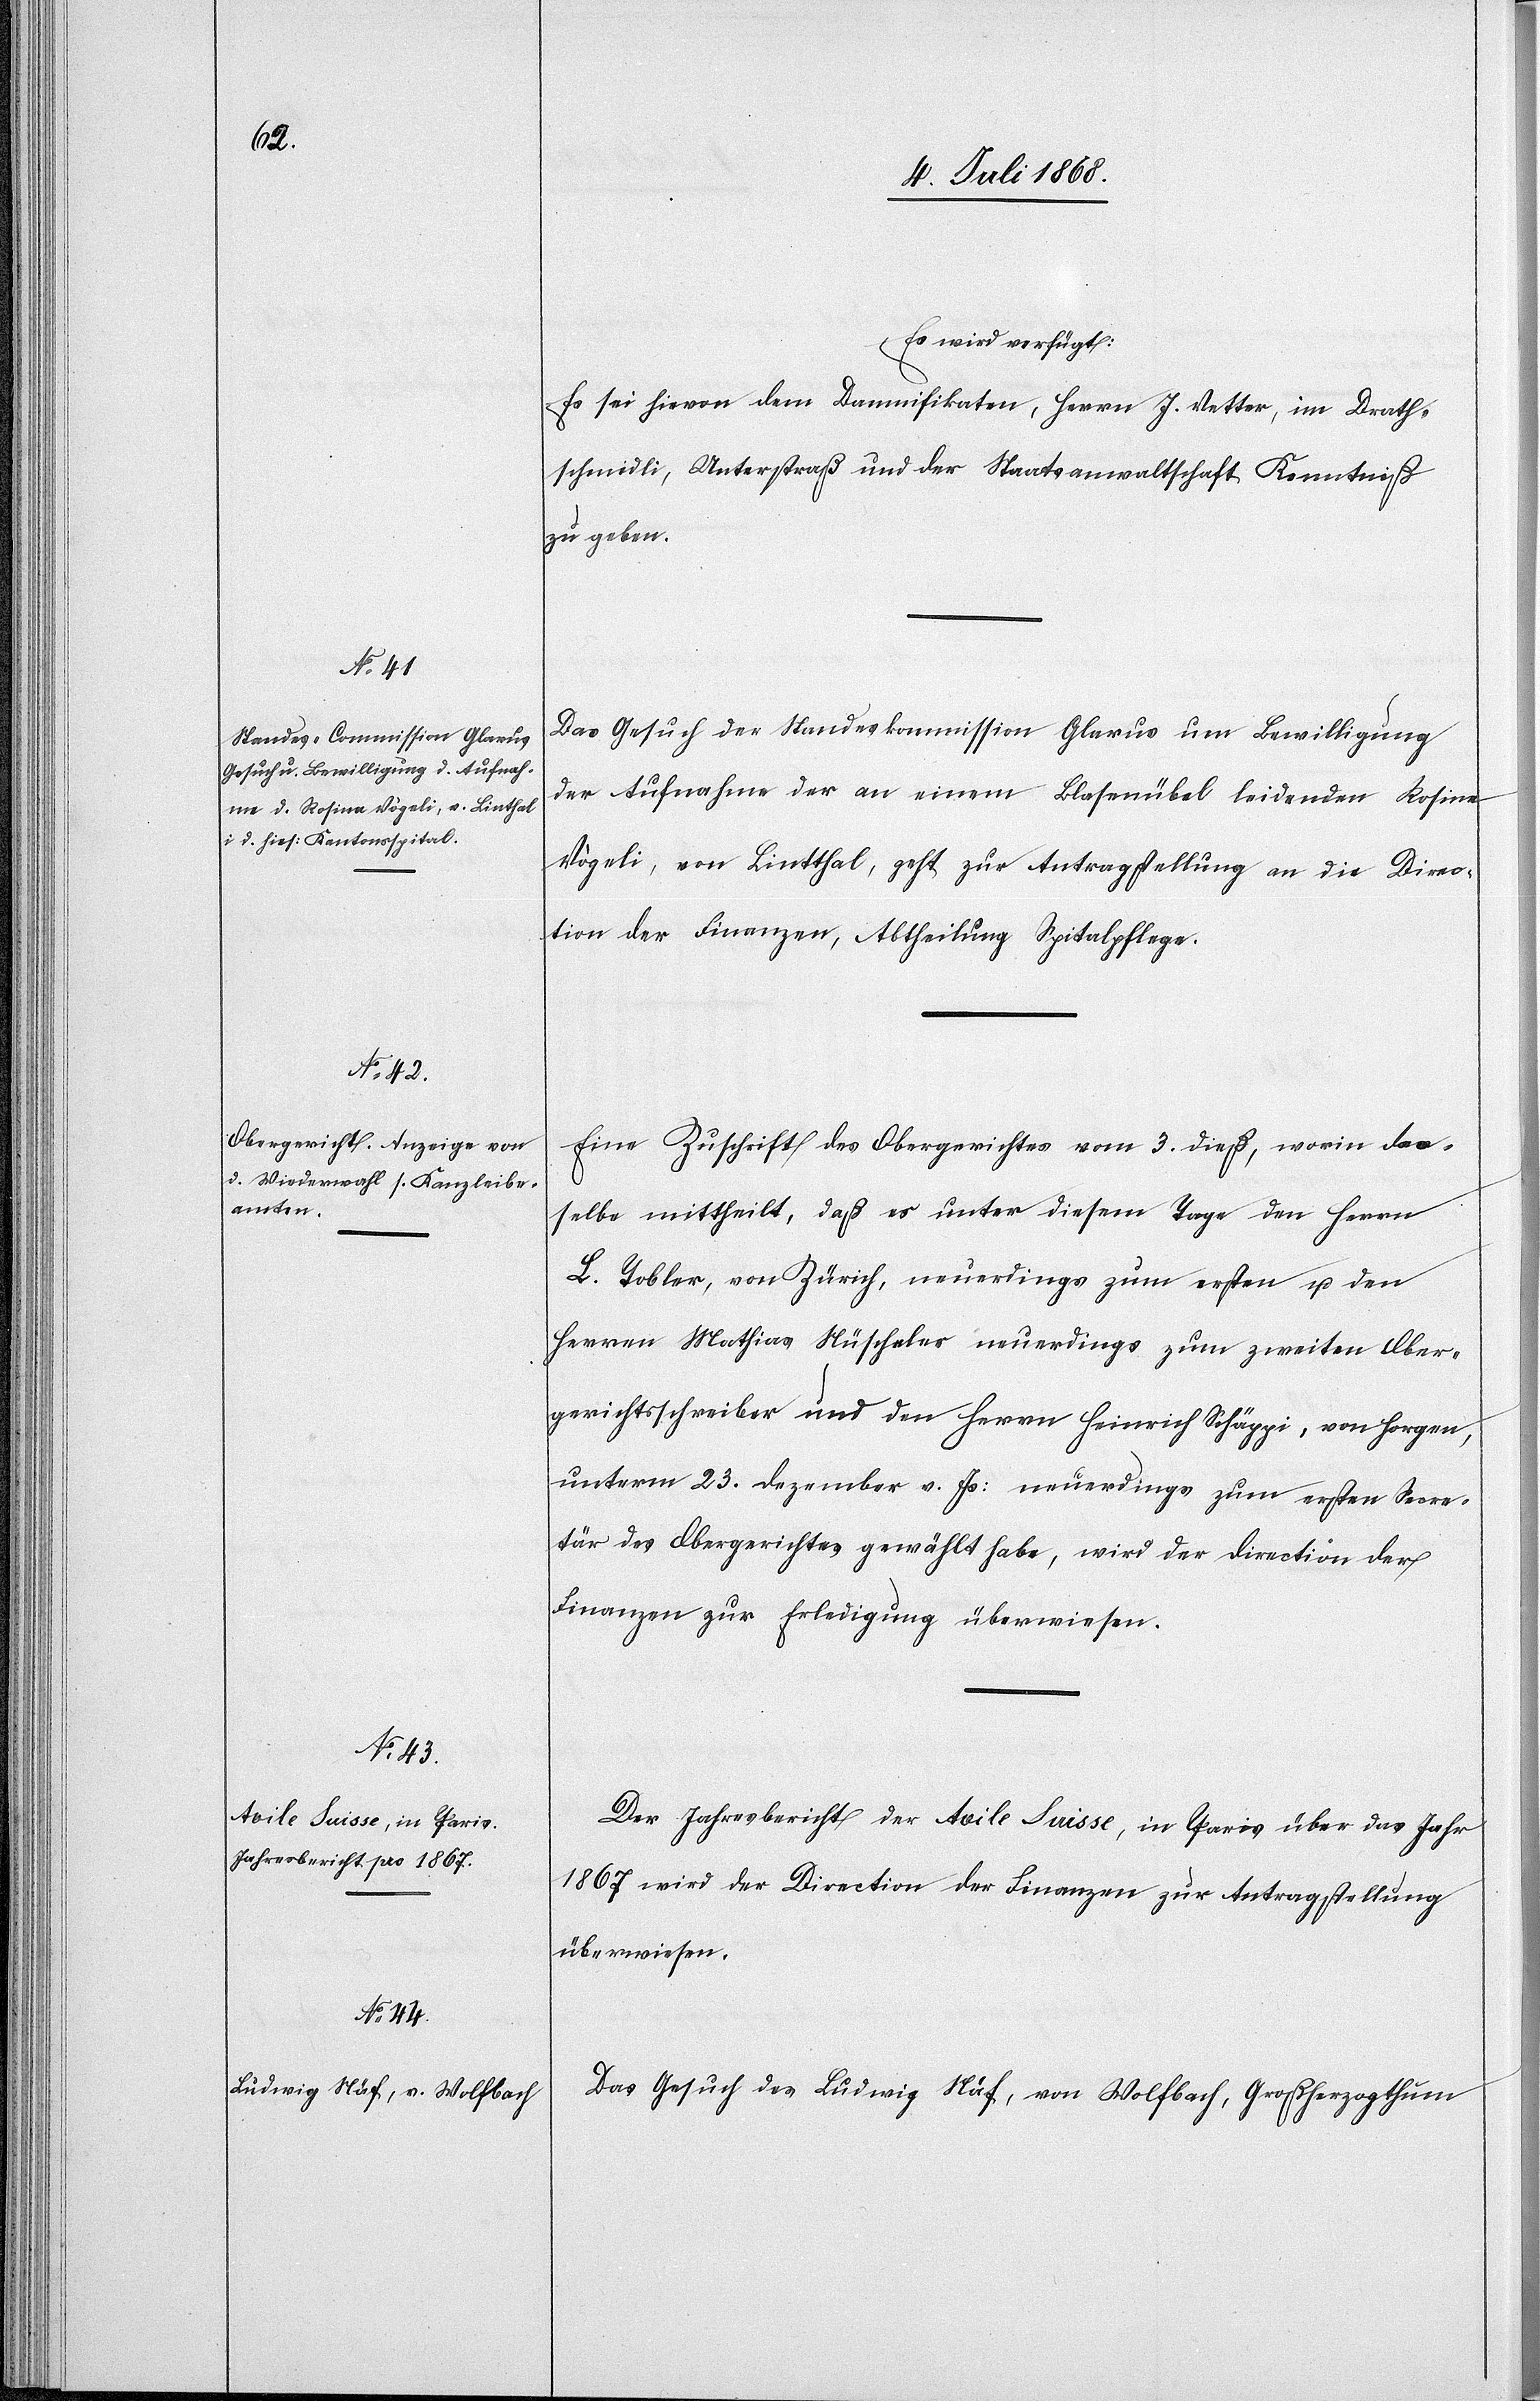
8. Juli 1868.]
Es wird verfügt:
Es sei hievon dem Damnifikaten, Herrn J. Vetter, im Drath¬
schmidli, Unterstraß und der Staatsanwaltschaft Kenntniß
zu geben.
Das Gesuch der Standeskommission Glarus um Bewilligung
der Aufnahme der an einem Blasenübel leidenden Rosina
Vögeli, von Lintthal, geht zur Antragstellung an die Direc¬
tion der Finanzen, Abtheilung Spitalpflege.
Eine Zuschrift des Obergerichtes vom 3. dieß, worin d[?a¬
s]selbe mittheilt, daß es unter diesem Tage den Herrn
L. Tobler, von Zürich, neuerdings zum ersten u. den
Herren Mathias Nüscheler neuerdings zum zweiten Ober¬
gerichtsschreiber und den Herrn Heinrich Schäppi, von Horgen,
unterm 23. Dezember v. Js: neuerdings zum ersten Secre¬
tär des Obergerichtes gewählt habe, wird der Direction der
Finanzen zur Erledigung überwiesen.
Der Jahresbericht der Aoile Suisse, in Paris über das Jahr
1867 wird der Direction der Finanzen zur Antragstellung
überwiesen.
Das Gesuch des Ludwig Näf, von Wolfbach, Großherzogthum